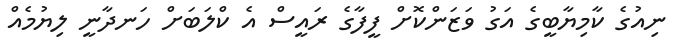
ނިއުގެ ކާމިޔާބީގެ އަގު ވަޒަންކޮށް ފީފާގެ ރައީސް އެ ކްލަބަށް ހަނދާނީ ލިޔުމެއް